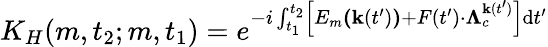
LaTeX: K_{H}(m,t_{2};m,t_{1})=e^{-i\int_{t_{1}}^{t_{2}}\left[E_{m}\textbf{(}\textbf{k}(t^{\prime})\textbf{)}+F(t^{\prime})\cdot\mathbf{\Lambda}_{c}^{\textbf{k}(t^{\prime})}\right]\mathrm{d}t^{\prime}}